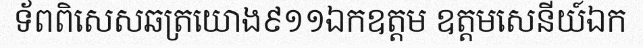
ទ័ពពិសេសឆត្រយោង៩១១ឯកឧត្តម ឧត្តមសេនីយ៍ឯក